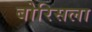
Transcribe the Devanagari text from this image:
बोरिसला